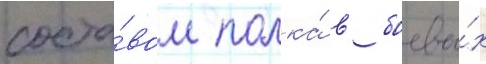
соста́вом полка́ в боевы́х